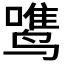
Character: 𱊡